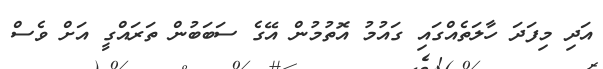
އަދި މިފަދަ ހާލަތެއްގައި ގައުމު އޮތުމުން އޭގެ ސަބަބުން ތަރައްގީ އަށް ވެސް